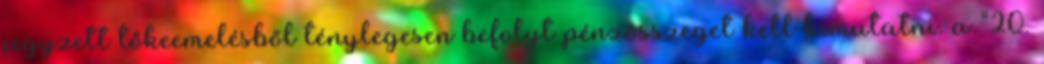
jegyzett tőkeemelésből ténylegesen befolyt pénzösszeget kell kimutatni. a “20.